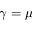
\gamma = \mu